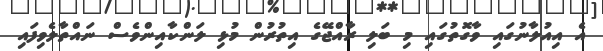
އެ އިއުލާނުގައި ވާގޮތުގައި މި ބަލި ރާއްޖޭގެ އިތުރުން މުޅި ލަންކާއިންވެސް ނައްތާލެވިފައި